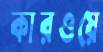
কারওয়ে